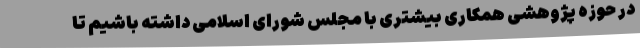
در حوزه پژوهشی همکاری بیشتری با مجلس شورای اسلامی داشته باشیم تا